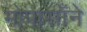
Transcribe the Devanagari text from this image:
मोपासाँने